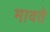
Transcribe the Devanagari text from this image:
मावते